Report on vaccination in Madras 1904-1921 - 1904-1921
Year: 1904
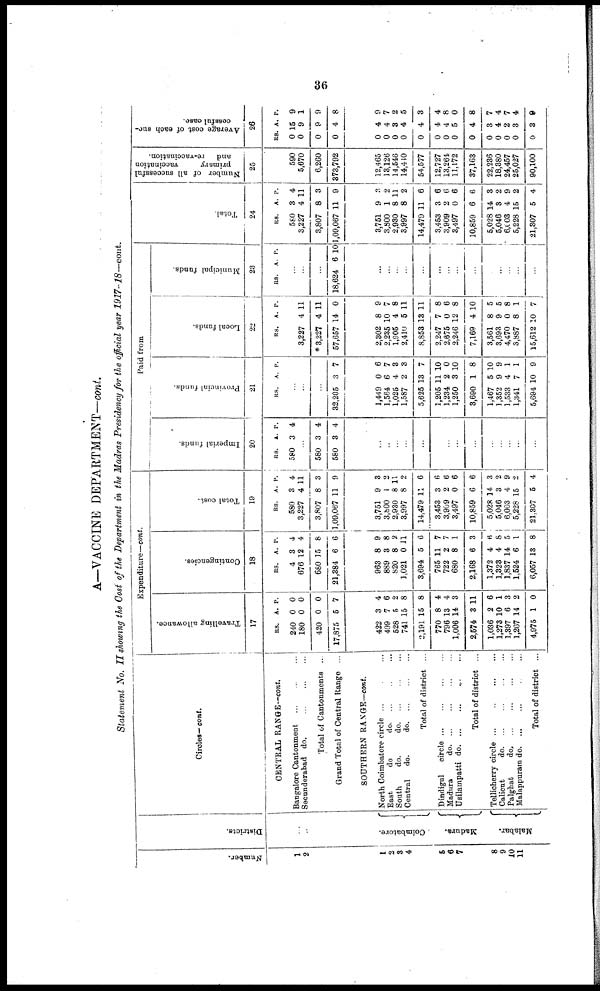
36
A—VACCINE DEPARTMENT—cont.
Statement No. II showing the Cost of the Department in the Madras Presidency for the official year 1917-18—cont.
Number.
1
2
1
2
3
4
5
6
7
8
9
10
11
Districts.
...
...
Coimbatore.
Madura.
Malabar.
Circles— cont.
CENTRAL RANGE—cont.
Bangalore Cantonment ... ... ...
Secunderabad do.
...
...
...
Total of Cantonments ...
Grand Total of Central Range ...
SOUTHERN RANGE—cont.
North Coimbatore circle ... ... ...
East
do.
do. ... ... ...
South
do.
do. ... ... ...
Central
do.
do. ... ... ...
Total of district ...
Dindigul
circle ... ... ... ...
Madura
do. ... ... ... ...
Usilampatti d
o
. ... ... ... ...
Total of district ...
Tellicherry circle ...
...
...
...
Calicut
do. ... ... ... ...
Palghat do. ... ... ... ...
Malappuram do. ... ... ... ...
Total of district ...
Expenditure—cont.
Travelling allowance.
17
RS.
240
180
420
17,875
422
499
528
741
2,191
770
796
1,006
2,574
1,036
1,273
1,397
1,267
4,975
A.
0
0
0
5
3
7
5
15
15
8
13
14
3
2
10
6
14
1
P.
0
0
0
7
4
6
2
8
8
4
4
3
11
6
1
3
2
0
Contingencies.
18
RS.
4
676
680
21,384
963
889
820
1,021
3,694
765
722
680
2,168
1,372
1,328
1,837
1,524
6,057
A.
3
12
15
6
8
3
8
0
5
11
2
8
6
4
4
14
6
13
P.
4
4
8
6
9
8
2
11
6
7
7
1
3
6
8
5
1
8
Total cost.
19
RS.
580
3,227
3,807
1,09,067
3,751
3,800
2,930
3,997
14,479
3,453
3,909
3,497
10,859
5,028
5,046
6,003
5,228
21,307
A.
3
4
8
11
9
1
8
8
11
3
2
0
6
14
3
4
15
5
P.
4
11
3
9
3
2
11
2
6
6
6
6
6
3
2
9
2
4
Paid from
Imperial funds.
20
RS.
580
A.
3
P.
4
...
580
580
3
3
4
4
...
...
...
...
...
...
...
...
...
...
...
...
...
...
Provincial funds.
21
RS. A P.
...
...
...
32,205
1,449
1,564
1,025
1,587
5,625
1,205
1,234
1,250
3,690
1,467
1,352
1,533
1,341
5,694
3
0
6
4
2
13
11
2
3
1
5
9
4
7
10
7
6
7
3
3
7
10
0
10
8
10
9
1
1
9
Local funds.
22
RS. A. P.
3,227
* 3,227
57,657
2,302
2,235
1,905
2,410
8,853
2,247
2,675
2,246
7,169
3,561
3,693
4,470
3,887
15,612
4
4
14
8
10
4
5
13
7
0
12
4
8
9
0
8
10
11
11
0
9
7
8
11
11
8
6
8
10
5
5
8
1
7
Municipal funds.
23
RS. A. P.
...
...
...
18,624 6 10
...
...
...
...
...
...
...
...
...
...
...
...
...
...
Total.
24
RS.
580
3,227
3,807
1,09,067
3,751
3,800
2,930
3,997
14,479
3,453
3,909
3,497
10,859
5,028
5,046
6,003
5,228
21,807
A.
3
4
8
11
9
1
8
8
11
3
2
0
6
14
3
4
15
5
P.
4
11
3
9
3
2
11
2
6
6
6
6
6
3
2
9
2
4
Number of all successful
primary
vaccination
and
re-vaccination.
25
590
5,670
6,260
373,792
12,465
13,126
14,546
14,440
54,577
12,727
13,264
11,172
37,163
22,236
18,380
24,457
25,027
90,100
Average cost of each suc-
cessful case.
26
RS.
0
0
0
0
0
0
0
0
0
0
0
0
0
0
0
0
0
0
A.
15
9
9
4
4
4
3
4
4
4
4
5
4
3
4
2
3
3
P.
9
1
9
8
9
7
2
5
3
4
8
0
8
7
4
7
4
9